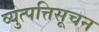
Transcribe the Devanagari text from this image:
व्युत्पत्तिसूचन